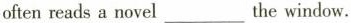
oftenreads a novel_______the window.